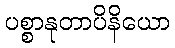
ပစ္စာနုတာပိနိယော